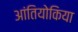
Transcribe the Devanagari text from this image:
आंतियोकिया